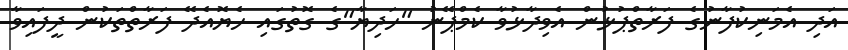
އަދި އެމަނިކުފާނުގެ ފަރާތްޕުޅުން އެވިދާޅުވާ ކެމްޕޭނު "ހަދިޔާ"ގެ ގޮތުގައި ހެޔޮއެދޭ ފަރާތްތަކުން ދީފައިވާ